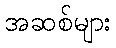
အဆစ်များ